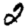
Digit: 2